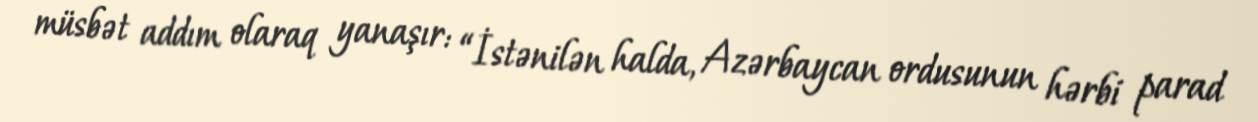
müsbət addım olaraq yanaşır: “İstənilən halda, Azərbaycan ordusunun hərbi parad